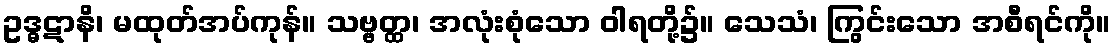
ဥဒ္ဓဋာနိ၊ မထုတ်အပ်ကုန်။ သဗ္ဗတ္ထ၊ အလုံးစုံသော ဝါရတို့၌။ သေသံ၊ ကြွင်းသော အစီရင်ကို။